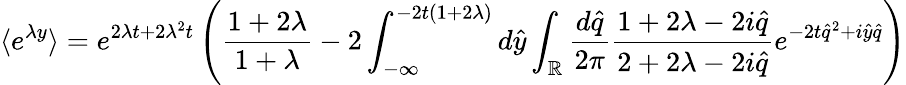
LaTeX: \langle e^{\lambda y}\rangle=e^{2\lambda t+2\lambda^{2}t}\left(\frac{1+2\lambda}{1+\lambda}-2\int_{-\infty}^{-2t(1+2\lambda)}d\hat{y}\int_{\mathbb{R}}\frac{d\hat{q}}{2\pi}\frac{1+2\lambda-2i\hat{q}}{2+2\lambda-2i\hat{q}}e^{-2t\hat{q}^{2}+i\hat{y}\hat{q}}\right)